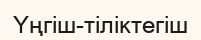
Үңгіш-тіліктегіш